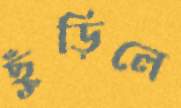
ছুঁড়িলে